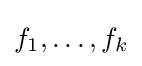
f_{1},\dots ,f_{k}